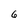
Character: 6